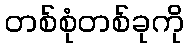
တစ်စုံတစ်ခုကို